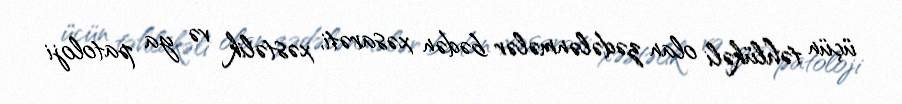
üçün təhlükəli olan zədələnmələr bədən xəsarəti, xəstəlik və ya patoloji